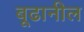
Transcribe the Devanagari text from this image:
बूढानील